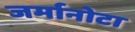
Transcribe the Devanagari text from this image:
जर्मानोटा